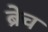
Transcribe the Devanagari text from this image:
ब्रेच